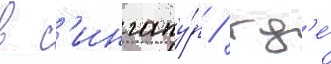
в с'ингапу́р / гд'е́